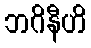
ဘဂိနီဟိ